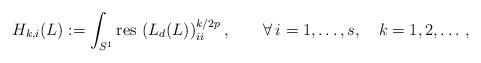
LaTeX: \begin{align*}H_{k,i}(L):= \int_{S^1}{\rm res\,} \left(L_d(L)\right)_{ii}^{k/{2p}},\qquad\forall\,i=1,\ldots, s,\quad k=1,2,\dots\,,\end{align*}